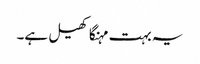
یہ بہت مہنگا کھیل ہے۔